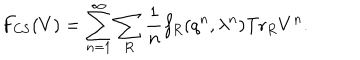
F _ { \mathrm { C S } } ( V ) = \sum _ { n = 1 } ^ { \infty } \sum _ { R } { \frac { 1 } { n } } f _ { R } ( q ^ { n } , \lambda ^ { n } ) \mathrm { T r } _ { R } V ^ { n } .